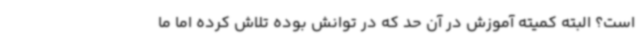
است؟ البته کمیته آموزش در آن حد که در توانش بوده تلاش کرده اما ما